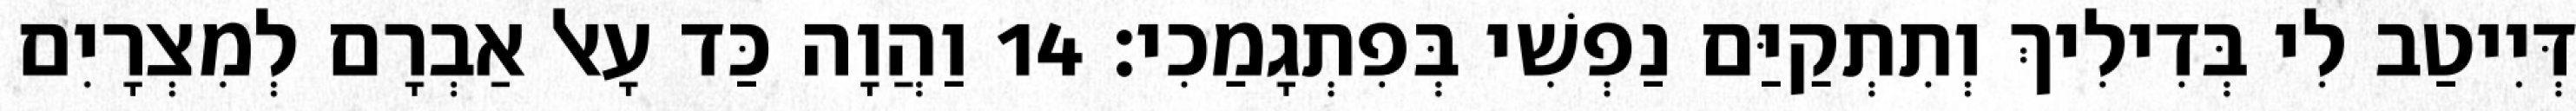
דְּיִיטַב לִי בְּדִילִיךְ וְתִתְקַיַּם נַפְשִׁי בְּפִתְגָמַכִי׃ 14 וַהֲוָה כַּד עָאל אַבְרָם לְמִצְרָיִם